Source: Computer-generated
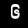
Digit: ၆ (6)